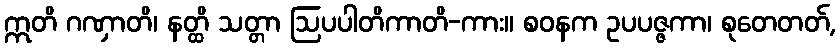
ဣတိ ဂဏှာတိ၊ နတ္ထိ သတ္တာ ဩပပါတိကာတိ-ကား။ စဝနက ဥပပဇ္ဇကာ၊ စုတေတတ်,